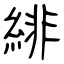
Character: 緋